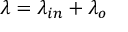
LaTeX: \lambda = \lambda _ { i n } + \lambda _ { o }